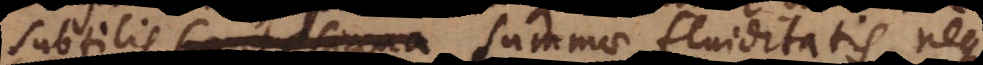
subtilis summae fluiditatis, neque